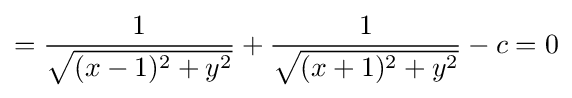
={\frac {1}{\sqrt {(x-1)^{2}+y^{2}}}}+{\frac {1}{\sqrt {(x+1)^{2}+y^{2}}}}-c=0